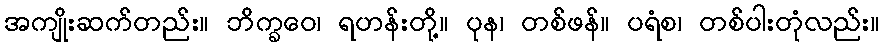
အကျိုးဆက်တည်း။ ဘိက္ခဝေ၊ ရဟန်းတို့။ ပုန၊ တစ်ဖန်။ ပရံစ၊ တစ်ပါးတုံလည်း။